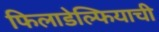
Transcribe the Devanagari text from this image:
फिलाडेल्फियाची